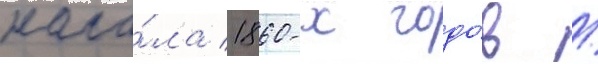
нача́ла 1860-х годо́в /